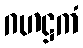
ဂဟဋ္ဌကံ